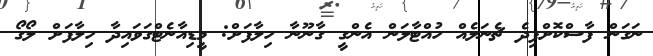
ނަގަން ފާސްކޮށްފިދެ ޗެނަލެއް ހުއްޓާލަން އެންގީ ގާނޫނާ ހިލާފަށް: މީޑިއާނެޓްގަވައިދާ ހިލާފަށް ލޯގޯ